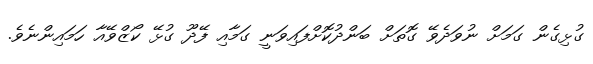
ގުޅިގެން ގަމަށް ނުވަދެވޭ ގޮތަށް ބަންދުކޮށްފައިވަނީ ގަމާއި ފޭދޫ ގުޅޭ ކޯޒްވޭއާ ހަމައިންނެވެ.